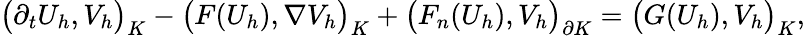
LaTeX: \big(\partial_{t}U_{h},V_{h}\big)_{K}-\big(F(U_{h}),\nabla V_{h}\big)_{K}+\big(F_{n}(U_{h}),V_{h}\big)_{\partial K}=\big(G(U_{h}),V_{h}\big)_{K},